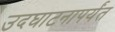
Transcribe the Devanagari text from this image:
उदघाटनापर्यंत